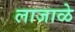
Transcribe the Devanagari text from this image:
लाजाळे